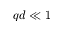
q d \ll 1